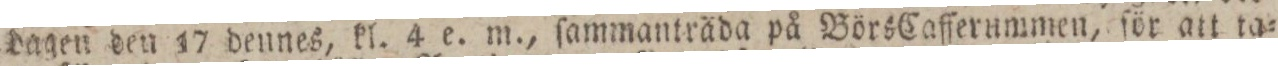
dagen den 17 dennes, kl. 4 e. m., ſammanträda på Börs Cafferummen, för att ta=